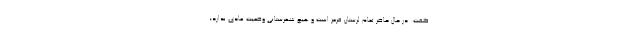
گفت: در حال حاضر تمام لرستان قرمز است و هیچ شهرستانی وضعیت عادی ندارد؛